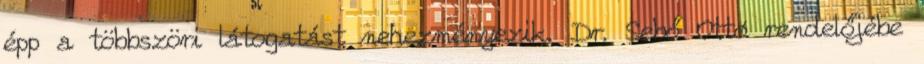
épp a többszöri látogatást nehezményezik. Dr. Sebő Ottó rendelőjébe